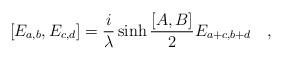
LaTeX: \begin{align*}[E_{a,b}, E_{c,d}]={i \over \lambda }\sinh{{[A,B] \over 2}}E_{a+c,b+d}\quad ,\end{align*}